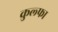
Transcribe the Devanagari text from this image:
कुल्‍फा